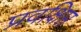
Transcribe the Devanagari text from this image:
प्रवक्षिप्त